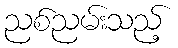
ညစ်ညမ်းသည့်